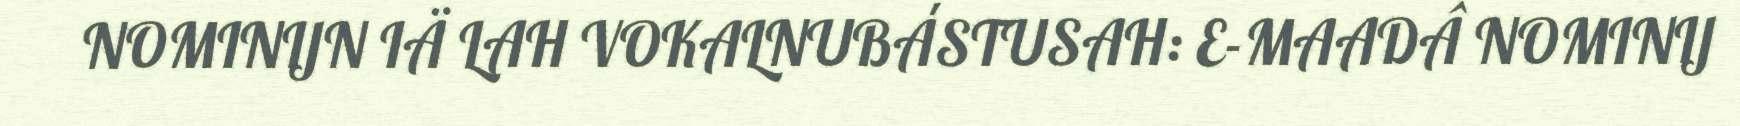
NOMINIJN IÄ LAH VOKALNUBÁSTUSAH: E-MAADÂ NOMINIJ